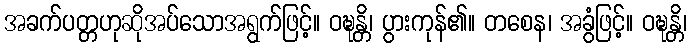
အခက်ပတ္တဟုဆိုအပ်သောအရွက်ဖြင့်။ ဝဍ္ဎန္တိ၊ ပွားကုန်၏။ တစေန၊ အခွံဖြင့်။ ဝဍ္ဎန္တိ၊